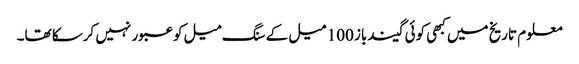
معلوم تاریخ میں کبھی کوئی گیندباز 100 میل کے سنگ میل کو عبور نہیں کرسکا تھا۔